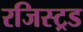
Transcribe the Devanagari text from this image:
रजिस्ट्रड